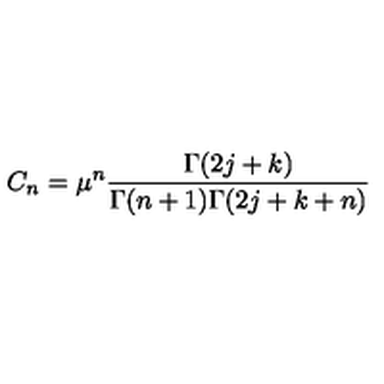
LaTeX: C _ { n } = \mu ^ { n } \frac { \Gamma ( 2 j + k ) } { \Gamma ( n + 1 ) \Gamma ( 2 j + k + n ) }